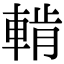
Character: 𨌳